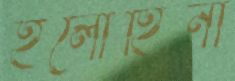
হলোহিনী